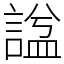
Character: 諡